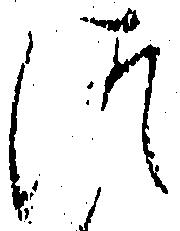
つ